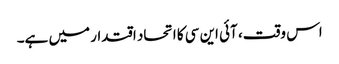
اس وقت، آئی این سی کا اتحاد اقتدار میں ہے۔